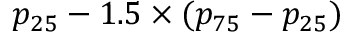
p _ { 2 5 } - 1 . 5 \times ( p _ { 7 5 } - p _ { 2 5 } )